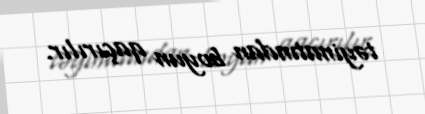
təyinatından boyun qaçırılır.